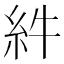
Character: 䋅